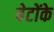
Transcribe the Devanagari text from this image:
बेटोंके